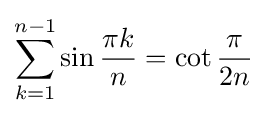
\sum _{k=1}^{n-1}\sin {\frac {\pi k}{n}}=\cot {\frac {\pi }{2n}}